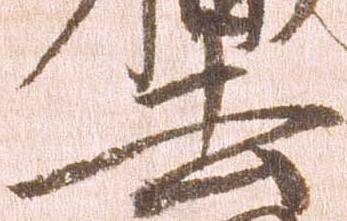
去